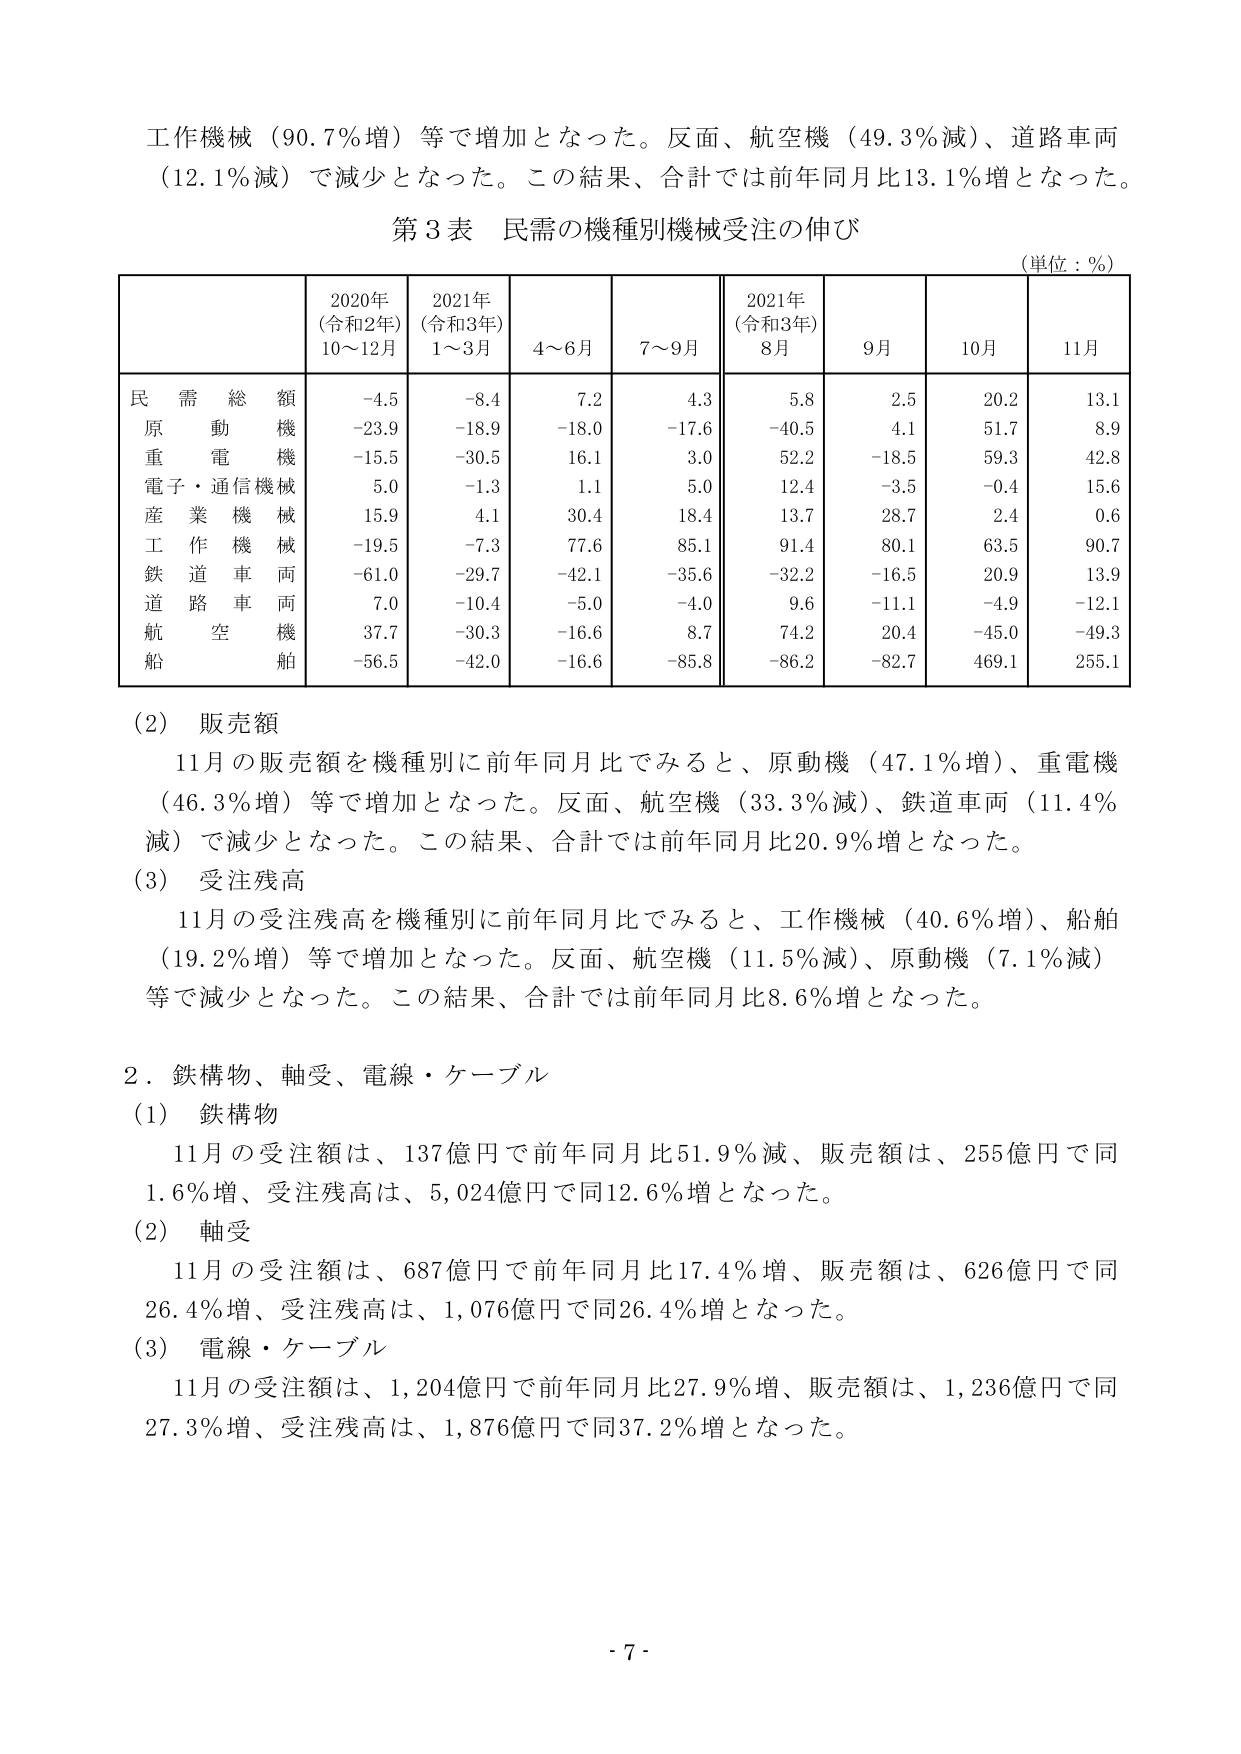
工作機械（90.7％増）等で増加となった。反面、航空機（49.3％減）、道路車両（12.1％減）で減少となった。この結果、合計では前年同月比13.1％増となった。

第3表 民需の機種別機械受注の伸び
（単位：％）

| | 2020年（令和2年）10～12月 | 2021年（令和3年）1～3月 | 4～6月 | 7～9月 | 2021年（令和3年）8月 | 9月 | 10月 | 11月 |
|---|---|---|---|---|---|---|---|---|
| 民需総額 | -4.5 | -8.4 | 7.2 | 4.3 | 5.8 | 2.5 | 20.2 | 13.1 |
| 原動機 | -23.9 | -18.9 | -18.0 | -17.6 | -40.5 | 4.1 | 51.7 | 8.9 |
| 重電機械 | -15.5 | -30.5 | 16.1 | 3.0 | 52.2 | -18.5 | 59.3 | 42.8 |
| 電子・通信機械 | 5.0 | -1.3 | 1.1 | 5.0 | 12.4 | -3.5 | -0.4 | 15.6 |
| 産業機械 | 15.9 | 4.1 | 30.4 | 18.4 | 13.7 | 28.7 | 2.4 | 0.6 |
| 工作機械 | -19.5 | -7.3 | 77.6 | 85.1 | 91.4 | 80.1 | 63.5 | 90.7 |
| 鉄道車両 | -61.0 | -29.7 | -42.1 | -35.6 | -32.2 | -16.5 | 20.9 | 13.9 |
| 道路車両 | 7.0 | -10.4 | -5.0 | -4.0 | 9.6 | -11.1 | -4.9 | -12.1 |
| 航空機 | 37.7 | -30.3 | -16.6 | 8.7 | 74.2 | 20.4 | -45.0 | -49.3 |
| 船舶 | -56.5 | -42.0 | -16.6 | -85.8 | -86.2 | -82.7 | 469.1 | 255.1 |

（2）販売額
11月の販売額を機種別に前年同月比でみると、原動機（47.1％増）、重電機（46.3％増）等で増加となった。反面、航空機（33.3％減）、鉄道車両（11.4％減）で減少となった。この結果、合計では前年同月比20.9％増となった。

（3）受注残高
11月の受注残高を機種別に前年同月比でみると、工作機械（40.6％増）、船舶（19.2％増）等で増加となった。反面、航空機（11.5％減）、原動機（7.1％減）等で減少となった。この結果、合計では前年同月比8.6％増となった。

2．鉄構物、軸受、電線・ケーブル
（1）鉄構物
11月の受注額は、137億円で前年同月比51.9％減、販売額は、255億円で同1.6％増、受注残高は、5,024億円で同12.6％増となった。

（2）軸受
11月の受注額は、687億円で前年同月比17.4％増、販売額は、626億円で同26.4％増、受注残高は、1,076億円で同26.4％増となった。

（3）電線・ケーブル
11月の受注額は、1,204億円で前年同月比27.9％増、販売額は、1,236億円で同27.3％増、受注残高は、1,876億円で同37.2％増となった。

- 7 -